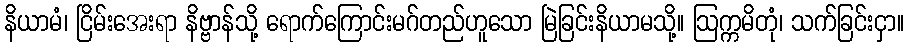
နိယာမံ၊ ငြိမ်းအေးရာ နိဗ္ဗာန်သို့ ရောက်ကြောင်းမဂ်တည်ဟူသော မြဲခြင်းနိယာမသို့။ ဩက္ကမိတုံ၊ သက်ခြင်းငှာ။